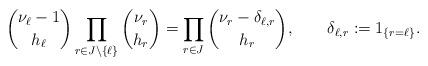
LaTeX: \begin{align*}\binom{\nu_{\ell}-1}{h_{\ell}}\prod_{r\in J\setminus\{\ell\}}\binom{\nu_r}{h_r}=\prod_{r\in J}\binom{\nu_r-\delta_{\ell,r}}{h_r},\qquad\delta_{\ell,r}:=1_{\{r=\ell\}}.\end{align*}